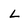
Character: L